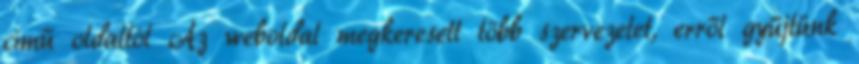
című oldaltól Az weboldal megkeresett több szervezetet, erről gyűjtünk